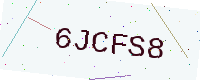
Text: 6JCFS8